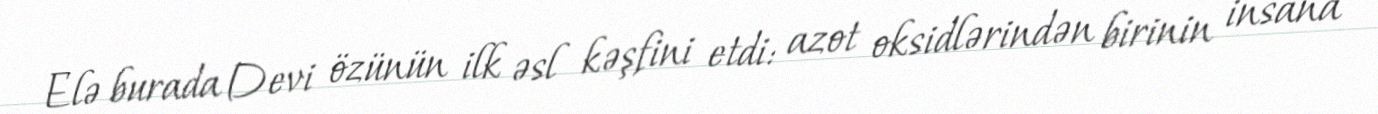
Elə burada Devi özünün ilk əsl kəşfini etdi: azot oksidlərindən birinin insana